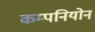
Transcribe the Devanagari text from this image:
कम्पनियोन